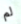
لم